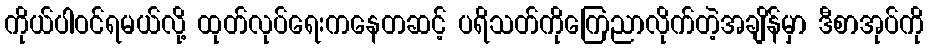
ကိုယ်ပါဝင်ရမယ်လို့ ထုတ်လုပ်ရေးကနေတဆင့် ပရိသတ်ကိုကြေညာလိုက်တဲ့အချိန်မှာ ဒီစာအုပ်ကို